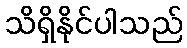
သိရှိနိုင်ပါသည်